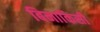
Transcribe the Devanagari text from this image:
बिनाकिसी